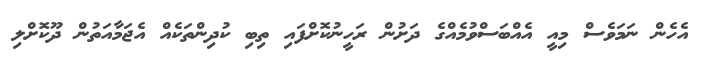
އެހެން ނަމަވެސް މިއީ އެއްބަސްވުމެއްގެ ދަށުން ރަހީނުކޮށްފައި ތިބި ކުދިންތަކެއް އެޖަމާއަތުން ދޫކޮށްލި